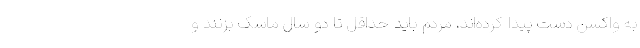
به واکسن دست پیدا کرده‌اند، مردم باید حداقل تا دو سال ماسک بزنند و